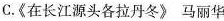
C.《在长江源头各拉丹冬》马丽华